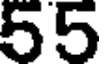
55